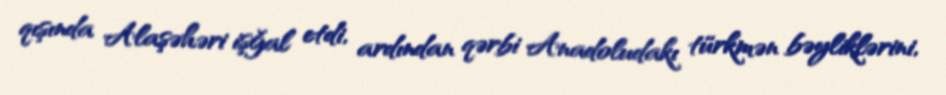
qışında Alaşəhəri işğal etdi, ardından qərbi Anadoludakı türkmən bəyliklərini,